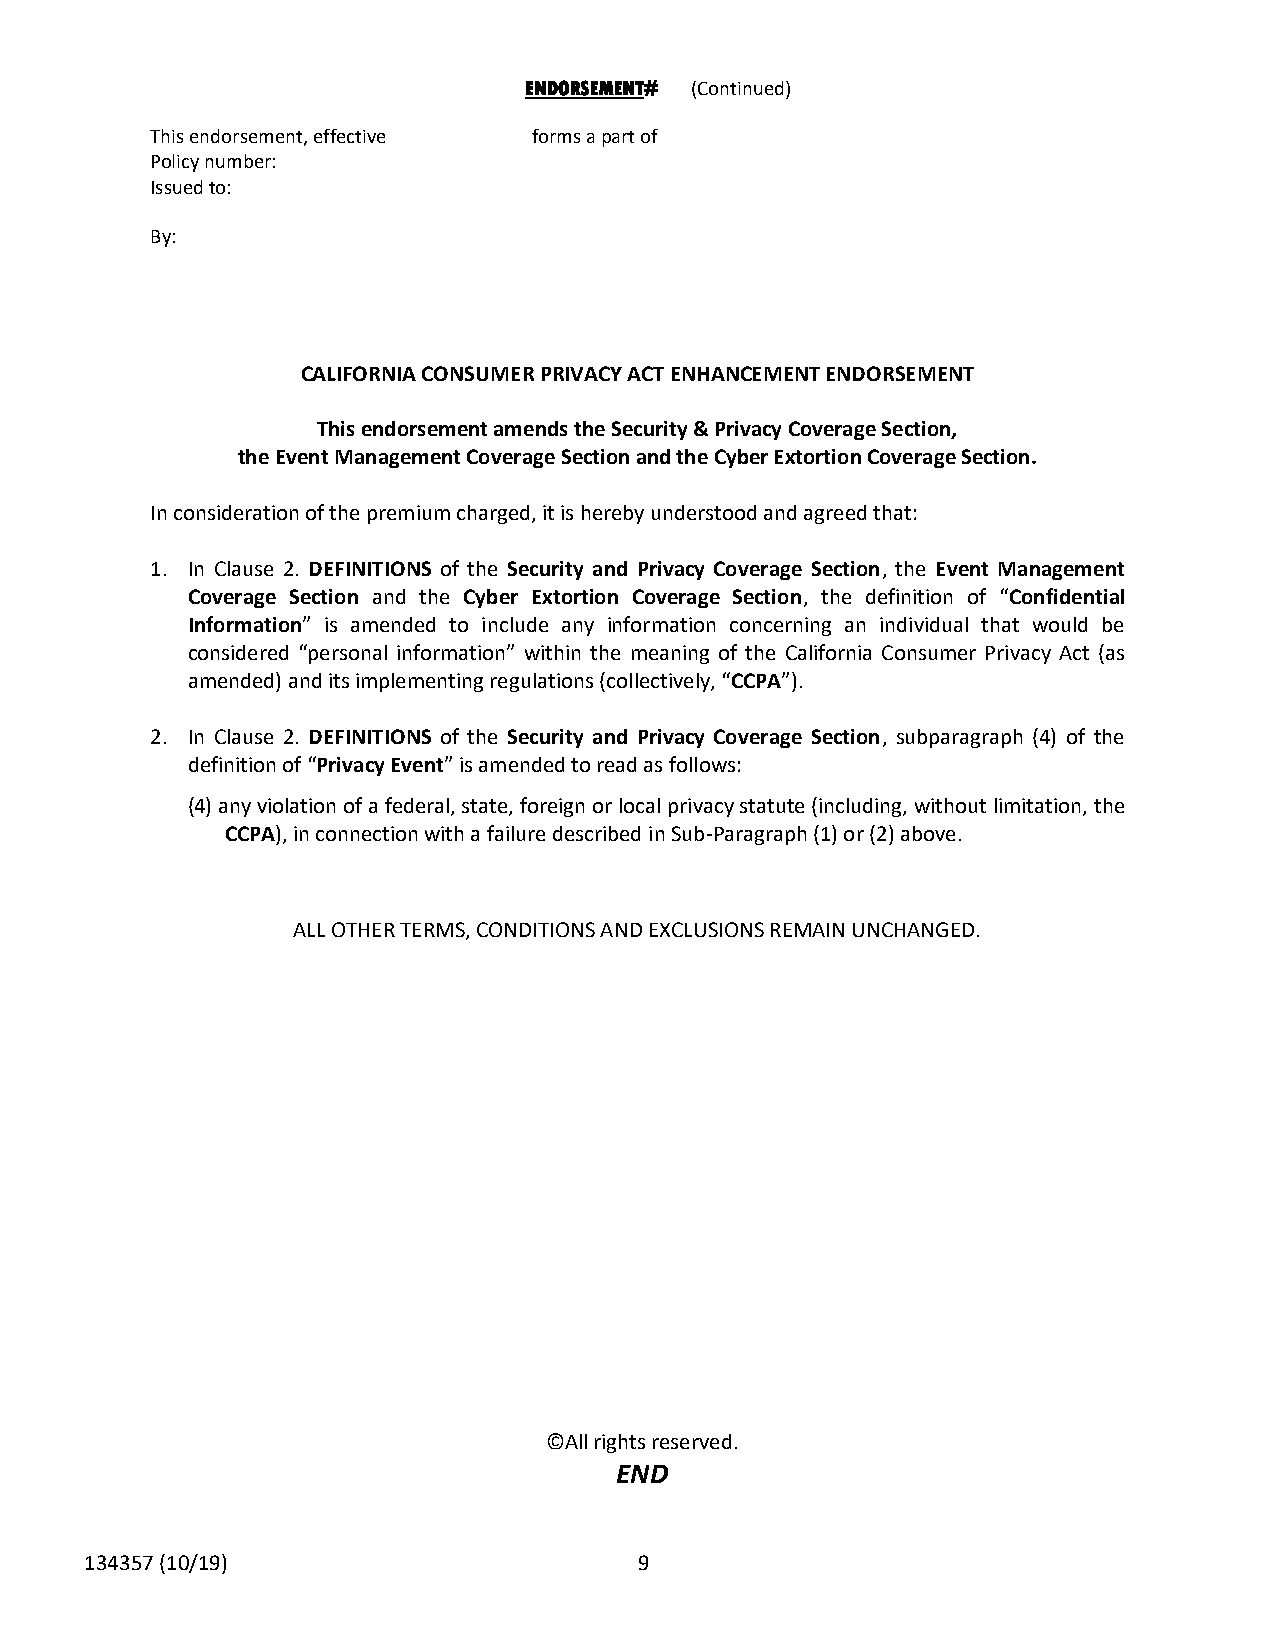
ENDORSEMENT# (Continued)
 This endorsement, effective forms a part of
 Policy number:
 Issued to:
 By:
 CALIFORNIA CONSUMER PRIVACY ACT ENHANCEMENT ENDORSEMENT
 This endorsement amends the Security & Privacy Coverage Section,
 the Event Management Coverage Section and the Cyber Extortion Coverage Section.
 In consideration of the premium charged, it is hereby understood and agreed that:
 1. In Clause 2. DEFINITIONS of the Security and Privacy Coverage Section, the Event Management
 Coverage Section and the Cyber Extortion Coverage Section, the definition of “Confidential
 Information” is amended to include any information concerning an individual that would be
 considered “personal information” within the meaning of the California Consumer Privacy Act (as
 amended) and its implementing regulations (collectively, “CCPA”).
 2. In Clause 2. DEFINITIONS of the Security and Privacy Coverage Section, subparagraph (4) of the
 definition of “Privacy Event” is amended to read as follows:
 (4) any violation of a federal, state, foreign or local privacy statute (including, without limitation, the
 CCPA), in connection with a failure described in Sub-Paragraph (1) or (2) above.
 ALL OTHER TERMS, CONDITIONS AND EXCLUSIONS REMAIN UNCHANGED.
 ©All rights reserved.
 END
 134357 (10/19)                      9